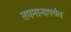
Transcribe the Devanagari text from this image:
तपमानापर्यंत